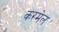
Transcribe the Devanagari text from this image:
करमेल